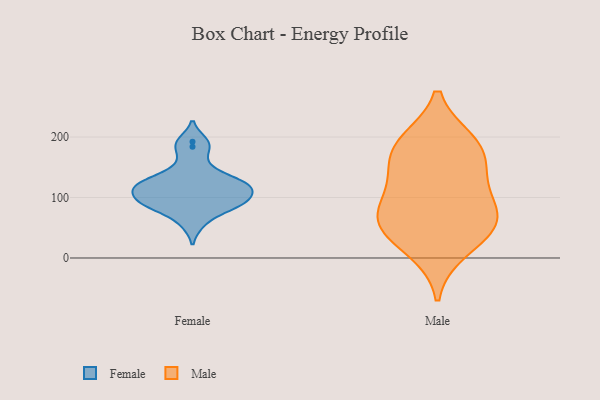
{"axis": {"x": "Humidity (%)", "y": "Value"}, "legend": ["Female", "Male"], "data": [{"x": "", "y": 128, "type": "Female"}, {"x": "", "y": 192, "type": "Female"}, {"x": "", "y": 126, "type": "Female"}, {"x": "", "y": 89, "type": "Female"}, {"x": "", "y": 113, "type": "Female"}, {"x": "", "y": 57, "type": "Female"}, {"x": "", "y": 184, "type": "Female"}, {"x": "", "y": 125, "type": "Female"}, {"x": "", "y": 85, "type": "Female"}, {"x": "", "y": 90, "type": "Female"}, {"x": "", "y": 118, "type": "Female"}, {"x": "", "y": 90, "type": "Female"}, {"x": "", "y": 154, "type": "Female"}, {"x": "", "y": 114, "type": "Female"}, {"x": "", "y": 99, "type": "Female"}, {"x": "", "y": 191, "type": "Male"}, {"x": "", "y": 58, "type": "Male"}, {"x": "", "y": 184, "type": "Male"}, {"x": "", "y": 74, "type": "Male"}, {"x": "", "y": 14, "type": "Male"}, {"x": "", "y": 175, "type": "Male"}, {"x": "", "y": 135, "type": "Male"}, {"x": "", "y": 57, "type": "Male"}, {"x": "", "y": 114, "type": "Male"}, {"x": "", "y": 56, "type": "Male"}]}